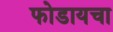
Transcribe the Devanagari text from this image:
फोडायचा